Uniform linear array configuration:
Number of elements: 4
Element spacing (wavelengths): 0.75
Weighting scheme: hann
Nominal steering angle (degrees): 30
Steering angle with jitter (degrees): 31.94
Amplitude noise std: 0.05
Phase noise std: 0.05

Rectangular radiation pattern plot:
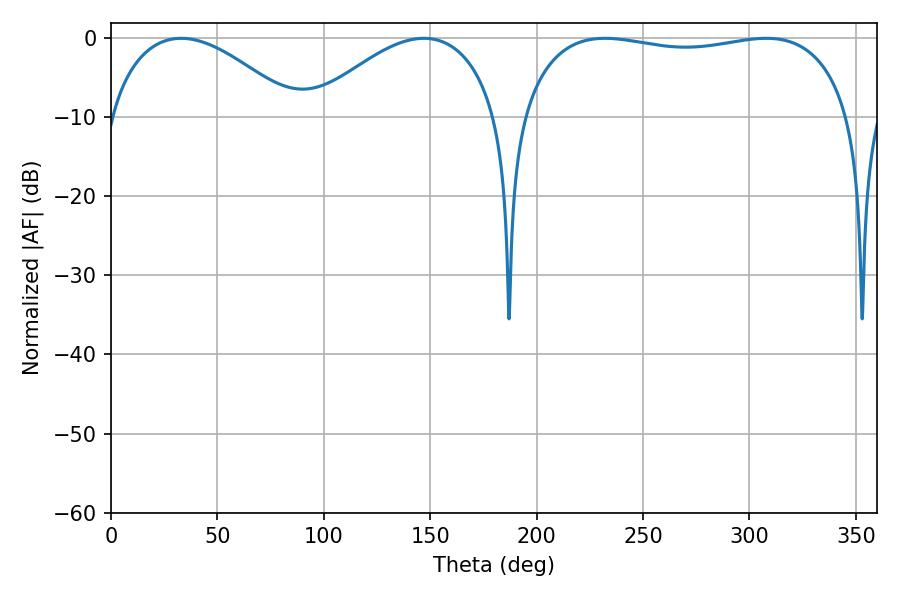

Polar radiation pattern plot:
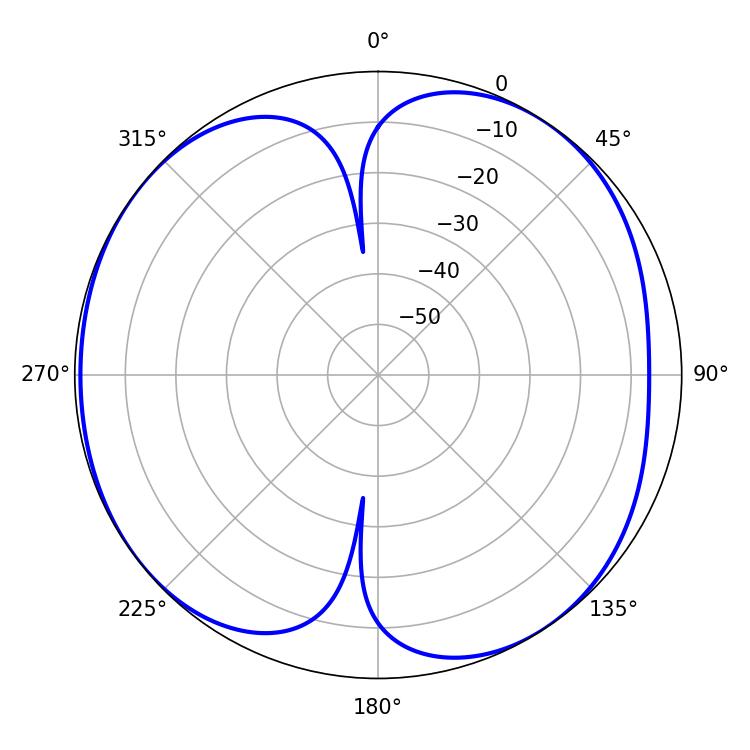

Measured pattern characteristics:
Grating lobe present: TRUE
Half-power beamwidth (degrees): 48.96
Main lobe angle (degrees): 32.94